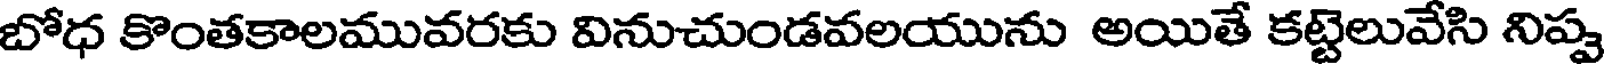
బోధ కొంతకాలమువరకు వినుచుండవలయును అయితే కట్టెలువేసి నిప్పు